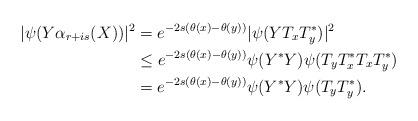
LaTeX: \begin{align*}|\psi(Y\alpha_{r+is}(X))|^2&=e^{-2s(\theta(x)-\theta(y))}|\psi(YT_xT_y^*)|^2\\&\leq e^{-2s(\theta(x)-\theta(y))}\psi(Y^*Y)\psi(T_yT_x^*T_xT_y^*)\\&= e^{-2s(\theta(x)-\theta(y))}\psi(Y^*Y)\psi(T_yT_y^*).\end{align*}